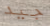
جيد